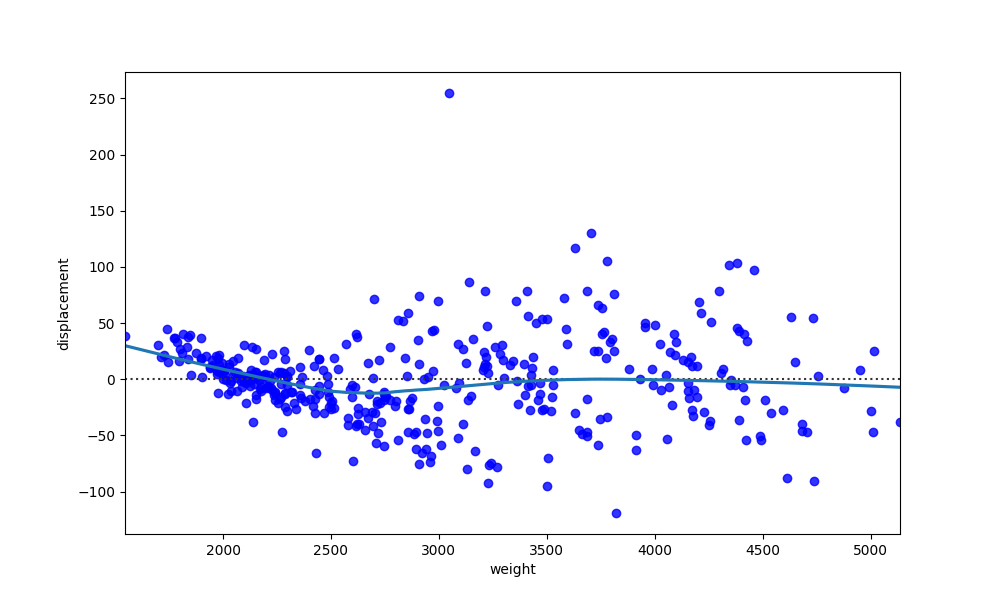
python, seaborn, residplot, lowess=True, scatter_color=blue